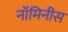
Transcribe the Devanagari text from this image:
नॉमिनीस